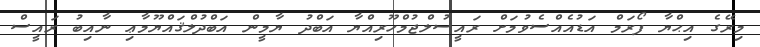
މިރޭގެ އިޙްޔާ ފޯރަމް އަޑުއެއްސެވުމަށް ރައީސުލްޖުމްހޫރިއްޔާ އަބްދު ޔާމީން އަބްދުލްޤައްޔޫމާޢި ނާއިބު ރައީސް